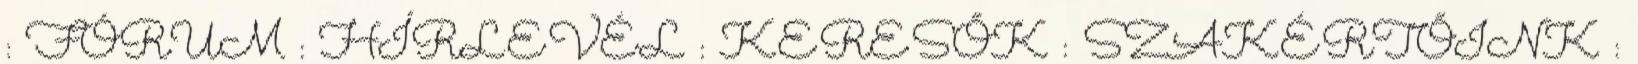
: FÓRUM : HÍRLEVÉL : KERESŐK : SZAKÉRTŐINK :